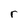
Character: r